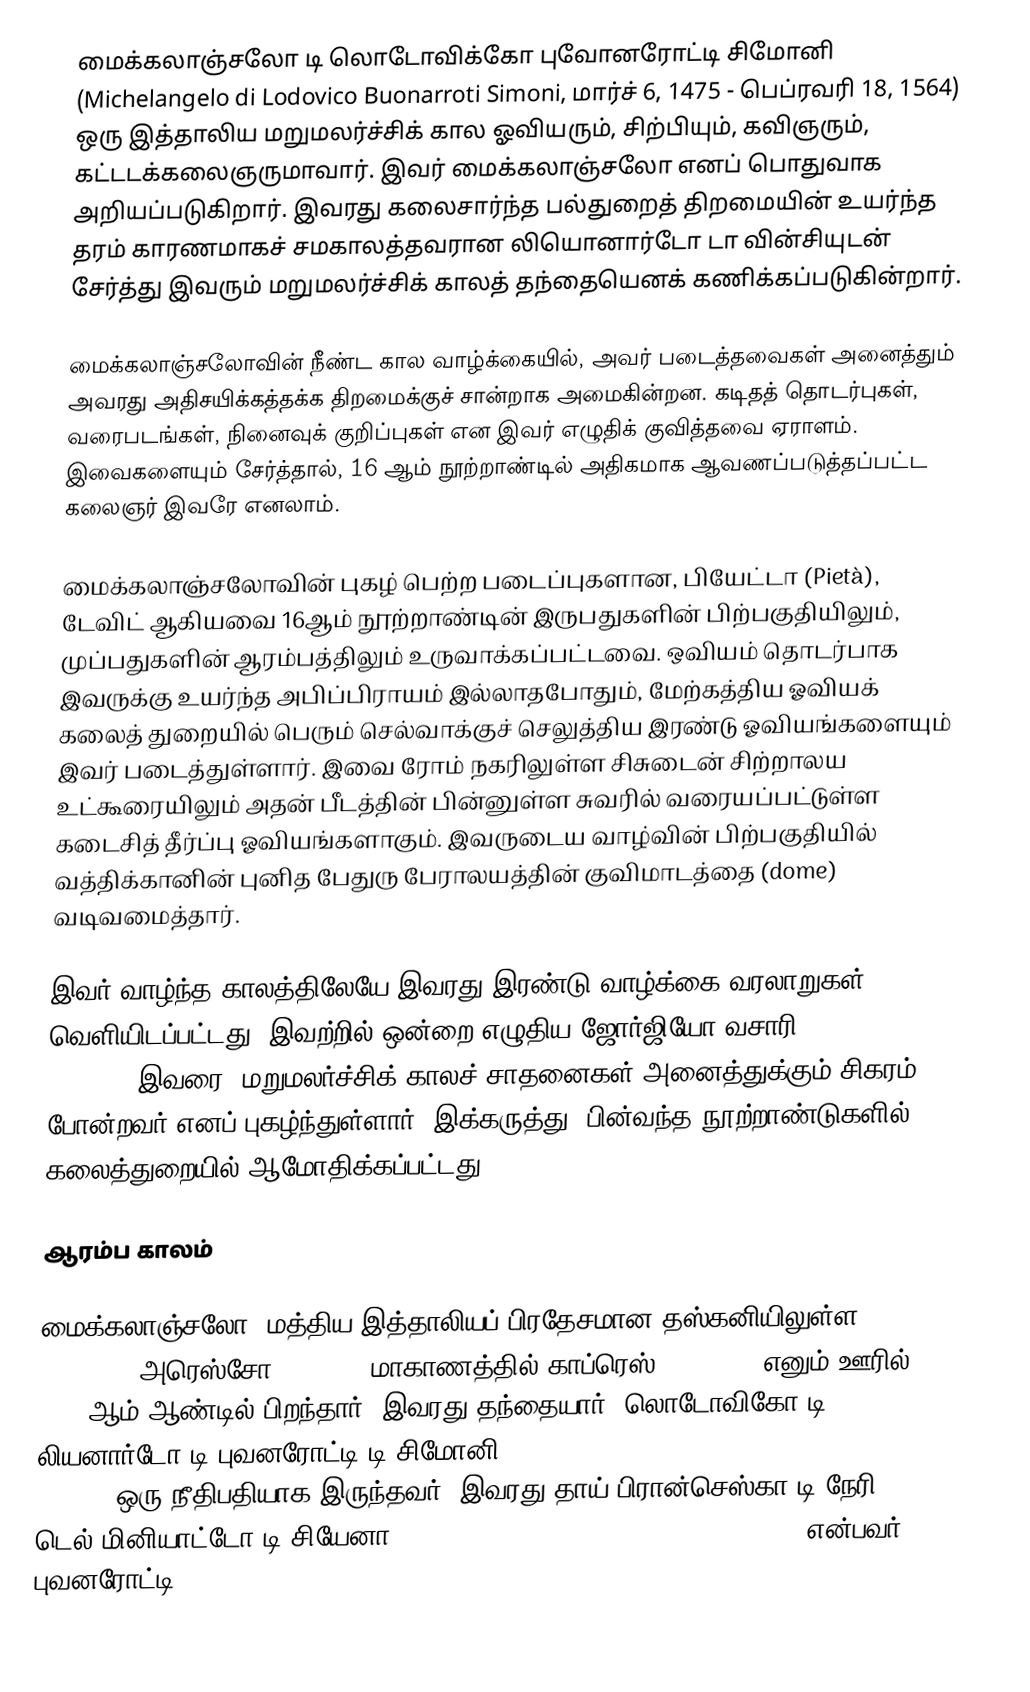
மைக்கலாஞ்சலோ டி லொடோவிக்கோ புவோனரோட்டி சிமோனி (Michelangelo di Lodovico Buonarroti Simoni, மார்ச் 6, 1475 - பெப்ரவரி 18, 1564) ஒரு இத்தாலிய மறுமலர்ச்சிக் கால ஓவியரும், சிற்பியும், கவிஞரும், கட்டடக்கலைஞருமாவார். இவர் மைக்கலாஞ்சலோ எனப் பொதுவாக அறியப்படுகிறார். இவரது கலைசார்ந்த பல்துறைத் திறமையின் உயர்ந்த தரம் காரணமாகச் சமகாலத்தவரான லியொனார்டோ டா வின்சியுடன் சேர்த்து இவரும் மறுமலர்ச்சிக் காலத் தந்தையெனக் கணிக்கப்படுகின்றார்.

மைக்கலாஞ்சலோவின் நீண்ட கால வாழ்க்கையில், அவர் படைத்தவைகள் அனைத்தும் அவரது அதிசயிக்கத்தக்க திறமைக்குச் சான்றாக அமைகின்றன. கடிதத் தொடர்புகள், வரைபடங்கள், நினைவுக் குறிப்புகள் என இவர் எழுதிக் குவித்தவை ஏராளம். இவைகளையும் சேர்த்தால், 16 ஆம் நூற்றாண்டில் அதிகமாக ஆவணப்படுத்தப்பட்ட கலைஞர் இவரே எனலாம்.

மைக்கலாஞ்சலோவின் புகழ் பெற்ற படைப்புகளான, பியேட்டா (Pietà), டேவிட் ஆகியவை 16ஆம் நூற்றாண்டின் இருபதுகளின் பிற்பகுதியிலும், முப்பதுகளின் ஆரம்பத்திலும் உருவாக்கப்பட்டவை. ஒவியம் தொடர்பாக இவருக்கு உயர்ந்த அபிப்பிராயம் இல்லாதபோதும், மேற்கத்திய ஓவியக் கலைத் துறையில் பெரும் செல்வாக்குச் செலுத்திய இரண்டு ஓவியங்களையும் இவர் படைத்துள்ளார். இவை ரோம் நகரிலுள்ள சிசுடைன் சிற்றாலய உட்கூரையிலும் அதன் பீடத்தின் பின்னுள்ள சுவரில் வரையப்பட்டுள்ள கடைசித் தீர்ப்பு ஓவியங்களாகும். இவருடைய வாழ்வின் பிற்பகுதியில் வத்திக்கானின் புனித பேதுரு பேராலயத்தின் குவிமாடத்தை (dome) வடிவமைத்தார்.

இவர் வாழ்ந்த காலத்திலேயே இவரது இரண்டு வாழ்க்கை வரலாறுகள் வெளியிடப்பட்டது. இவற்றில் ஒன்றை எழுதிய ஜோர்ஜியோ வசாரி (Giorgio Vasari), இவரை, மறுமலர்ச்சிக் காலச் சாதனைகள் அனைத்துக்கும் சிகரம் போன்றவர் எனப் புகழ்ந்துள்ளார். இக்கருத்து, பின்வந்த நூற்றாண்டுகளில், கலைத்துறையில் ஆமோதிக்கப்பட்டது.

ஆரம்ப காலம்

மைக்கலாஞ்சலோ, மத்திய இத்தாலியப் பிரதேசமான தஸ்கனியிலுள்ள (Tuscany) அரெஸ்சோ (Arezzo) மாகாணத்தில் காப்ரெஸ் (Caprese) எனும் ஊரில் 1475 ஆம் ஆண்டில் பிறந்தார். இவரது தந்தையார், லொடோவிகோ டி லியனார்டோ டி புவனரோட்டி டி சிமோனி (Lodovico di Leonardo di Buonarotti di Simoni) ஒரு நீதிபதியாக இருந்தவர். இவரது தாய் பிரான்செஸ்கா டி நேரி டெல் மினியாட்டோ டி சியேனா (Francesca di Neri del Miniato di Siena) என்பவர். புவனரோட்டி